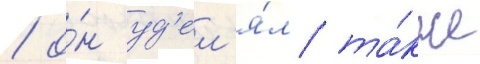
/ о́н уд'ел'я́л та́кже